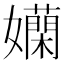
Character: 𡤄